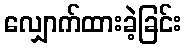
လျှောက်ထားခဲ့ခြင်း